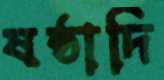
ষষ্ঠাদি